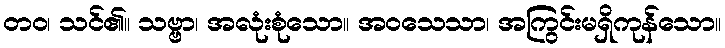
တဝ၊ သင်၏။ သဗ္ဗာ၊ အလုံးစုံသော။ အဝသေသာ၊ အကြွင်းမရှိကုန်သော။